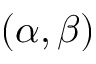
( \alpha , \beta )